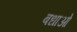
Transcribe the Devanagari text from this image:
बधाओ